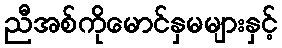
ညီအစ်ကိုမောင်နှမများနှင့်